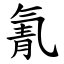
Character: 氰